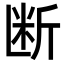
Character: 断